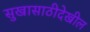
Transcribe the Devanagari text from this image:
सुखासाठीदेखील